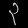
Digit: ၃